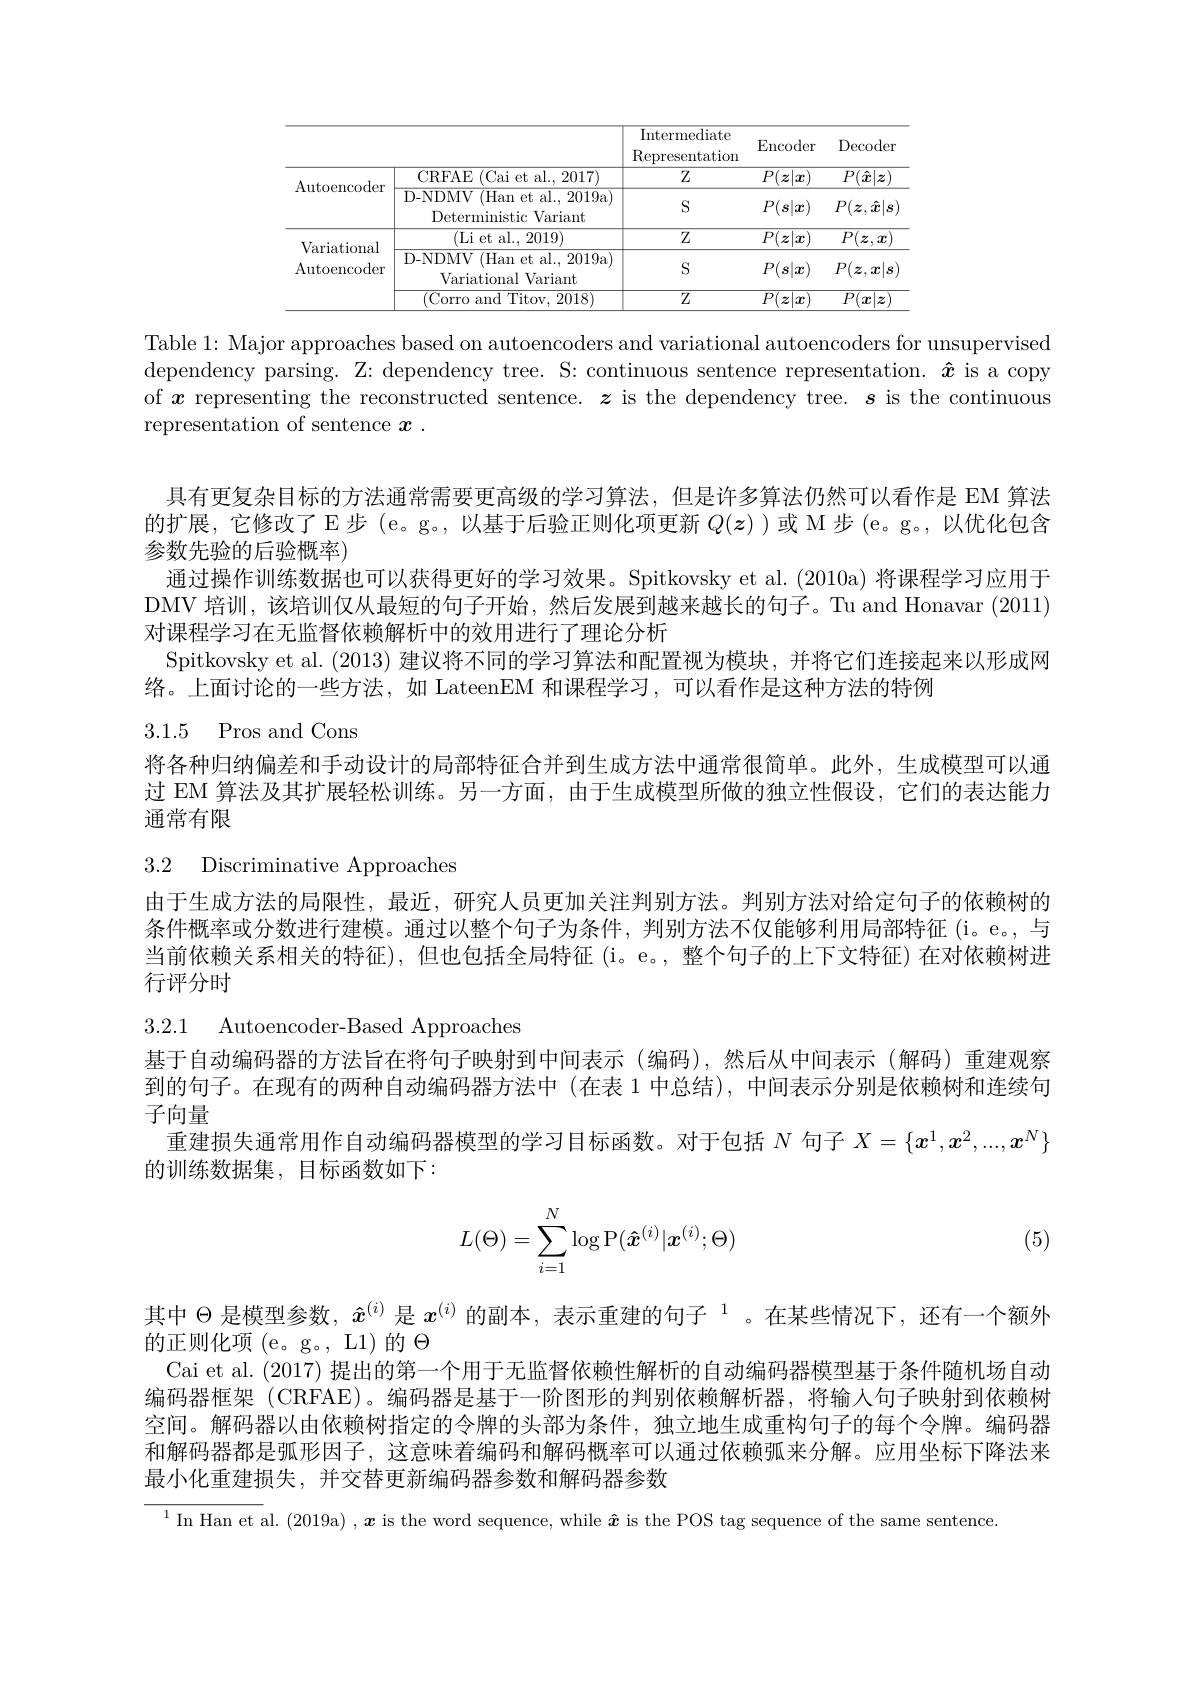
<table>
	<tbody>
		<tr>
			<th> </th>
			<th> </th>
			<th>Intermediate Representation</th>
			<th>Encoder</th>
			<th>$\operatorname{Decoder}$</th>
		</tr>
		<tr>
			<td rowspan="2">Autoencoder</td>
			<td>CRFAE (Cai et al.,2017)</td>
			<td>$Z$</td>
			<td>$\overline{P(\boldsymbol{z}|\boldsymbol{x})}$</td>
			<td>$P(\hat{\boldsymbol{x}}|\boldsymbol{z})$</td>
		</tr>
		<tr>
			<td>D-NDMV (Han et al., 2019a) :Variant Deterministic</td>
			<td>$S$</td>
			<td>$P(s|x)$</td>
			<td>$P(\boldsymbol{z},\hat{\boldsymbol{x}}|\boldsymbol{s}]$</td>
		</tr>
		<tr>
			<td> </td>
			<td>(Li et al., 2019)</td>
			<td>$Z$</td>
			<td>$\overline{P(\boldsymbol{z}|\boldsymbol{x})}$</td>
			<td>$\overline{P(\boldsymbol{z},\boldsymbol{x})}$</td>
		</tr>
		<tr>
			<td rowspan="2">rdlldululldl Autoencoder</td>
			<td>D-NDMV (Han et al., 2019a) Variational l Variant</td>
			<td>$S$</td>
			<td>$P(s|x)$</td>
			<td>$P(\boldsymbol{z},\boldsymbol{x}|\boldsymbol{s}]$</td>
		</tr>
		<tr>
			<td>(Corro and Titov, 2018)</td>
			<td>$Z$</td>
			<td>$P(\boldsymbol{z}|$ $|\boldsymbol{x}$</td>
			<td>$P($ $x$ $z$</td>
		</tr>
	</tbody>
</table>

Table 1: Major approaches based on autoencoders and variational autoencoders for unsupervised dependency parsing. Z: dependency tree. S: continuous sentence representation. $\hat{x}$ is a copy of $x$ representing the reconstructed sentence. $z$ is the dependency tree. $s$ is the continuous representation of sentence $x.$

具有更复杂目标的方法通常需要更高级的学习算法，但是许多算法仍然可以看作是 EM 算法的扩展，它修改了E步(e。g。,以基于后验正则化项更新$Q(z)$ )或 M 步(e。g。,以优化包含参数先验的后验概率)
通过操作训练数据也可以获得更好的学习效果。Spitkovsky et al. (2010a) 将课程学习应用于DMV 培训，该培训仅从最短的句子开始，然后发展到越来越长的句子。Tu and Honavar (2011) 对课程学习在无监督依赖解析中的效用进行了理论分析
Spitkovsky et al. (2013)建议将不同的学习算法和配置视为模块，并将它们连接起来以形成网
络。上面讨论的一些方法，如 LateenEM 和课程学习，可以看作是这种方法的特例

## 3.1.5 Pros and Cons

将各种归纳偏差和手动设计的局部特征合并到生成方法中通常很简单。此外，生成模型可以通过 EM 算法及其扩展轻松训练。另一方面，由于生成模型所做的独立性假设，它们的表达能力通常有限

3.2 Discriminative Approaches

由于生成方法的局限性，最近，研究人员更加关注判别方法。判别方法对给定句子的依赖树的条件概率或分数进行建模。通过以整个句子为条件，判别方法不仅能够利用局部特征(i。e。,与当前依赖关系相关的特征),但也包括全局特征 (i。e。,整个句子的上下文特征)在对依赖树进行评分时

3.2.1 Autoencoder-Based Approaches

基于自动编码器的方法旨在将句子映射到中间表示(编码),然后从中间表示(解码)重建观察到的句子。在现有的两种自动编码器方法中(在表 1 中总结), 中间表示分别是依赖树和连续句子向量
重建损失通常用作自动编码器模型的学习目标函数。对于包括$N$句子$X=\{x^1,x^2,...,x^N\}$
的训练数据集，目标函数如下：
$$L(\Theta)=\sum_{i=1}^N\log\operatorname{P}(\boldsymbol{\hat{x}}^{(i)}|\boldsymbol{x}^{(i)};\Theta)$$
(5)

其中$\Theta$是模型参数，$\hat{x}^{(i)}$是$x^{(i)}$的副本，表示重建的句子$^{1}$。在某些情况下，还有一个额外
的正则化项 (e。g。, L1)的$\Theta$
Cai et al. (2017) 提出的第一个用于无监督依赖性解析的自动编码器模型基于条件随机场自动编码器框架 (CRFAE)。编码器是基于一阶图形的判别依赖解析器，将输入句子映射到依赖树空间。解码器以由依赖树指定的令牌的头部为条件，独立地生成重构句子的每个令牌。编码器和解码器都是弧形因子，这意味着编码和解码概率可以通过依赖弧来分解。应用坐标下降法来最小化重建损失，并交替更新编码器参数和解码器参数

$^1$In Han et al. (2019a) , $\boldsymbol x$ is the word sequence, while $\hat{\boldsymbol{x}}$ is the POS tag sequence of the same sentence.